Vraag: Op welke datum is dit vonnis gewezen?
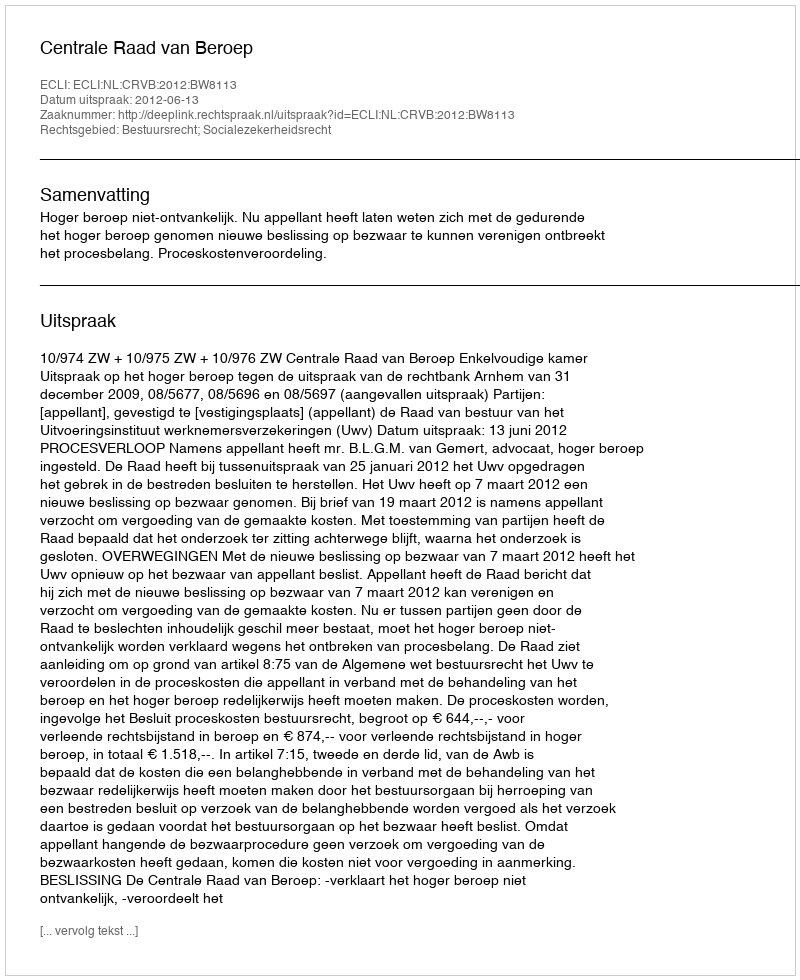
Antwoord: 2012-06-13